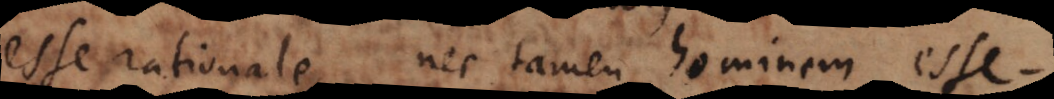
esse rationale, nec tamen hominem esse